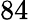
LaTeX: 84